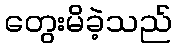
တွေးမိခဲ့သည်